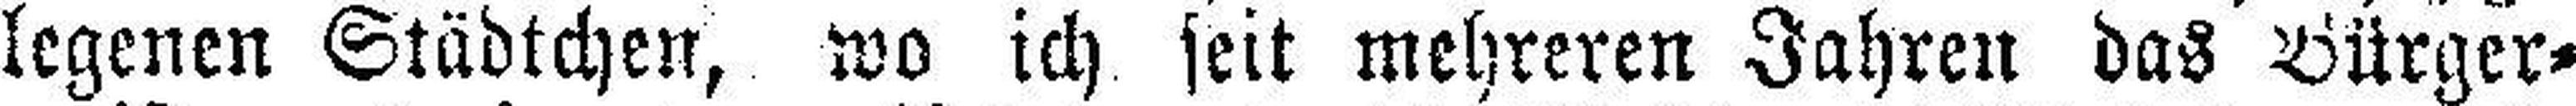
legenen Städtchen, wo ich seit mehreren Jahren das Bürger¬